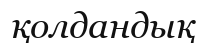
қолдандық